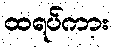
ထရပ်ကား